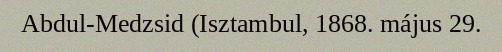
Abdul-Medzsid (Isztambul, 1868. május 29.